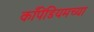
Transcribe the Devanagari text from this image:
काँपेंडियमच्या